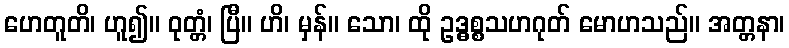
ဟေတူတိ၊ ဟူ၍။ ဝုတ္တံ၊ ပြီ။ ဟိ၊ မှန်။ သော၊ ထို ဥဒ္ဓစ္စသဟဂုတ် မောဟသည်။ အတ္တနာ၊